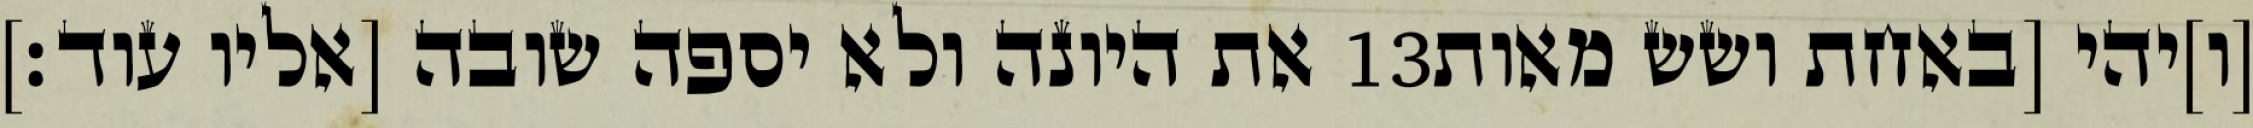
את היונה ולא יספה שובה [אליו עוד׃] ‎13‏ [ו]יהי [באחת ושש מאות